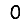
Digit: 0